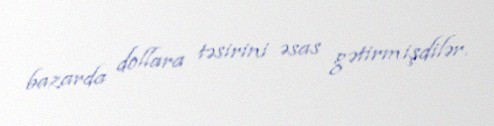
bazarda dollara təsirini əsas gətirmişdilər.